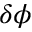
\delta \phi